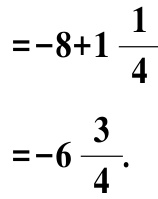
\[
\begin{align*}
&=-8 + 1\frac{1}{4}\\
&=-6\frac{3}{4}.
\end{align*}
\]